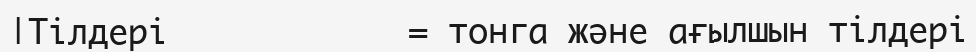
|Тілдері            = тонга және ағылшын тілдері